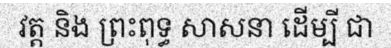
វត្ត និង ព្រះពុទ្ធ សាសនា ដើម្បី ជា